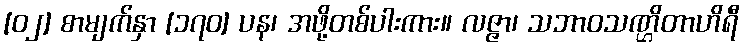
[၀၂] စာမျက်နှာ [၁၇၀] ပန၊ အဖို့တစ်ပါးကား။ လဇ္ဇာ၊ သဘာဝသဏ္ဌိတာဟိရီ